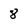
Character: 8